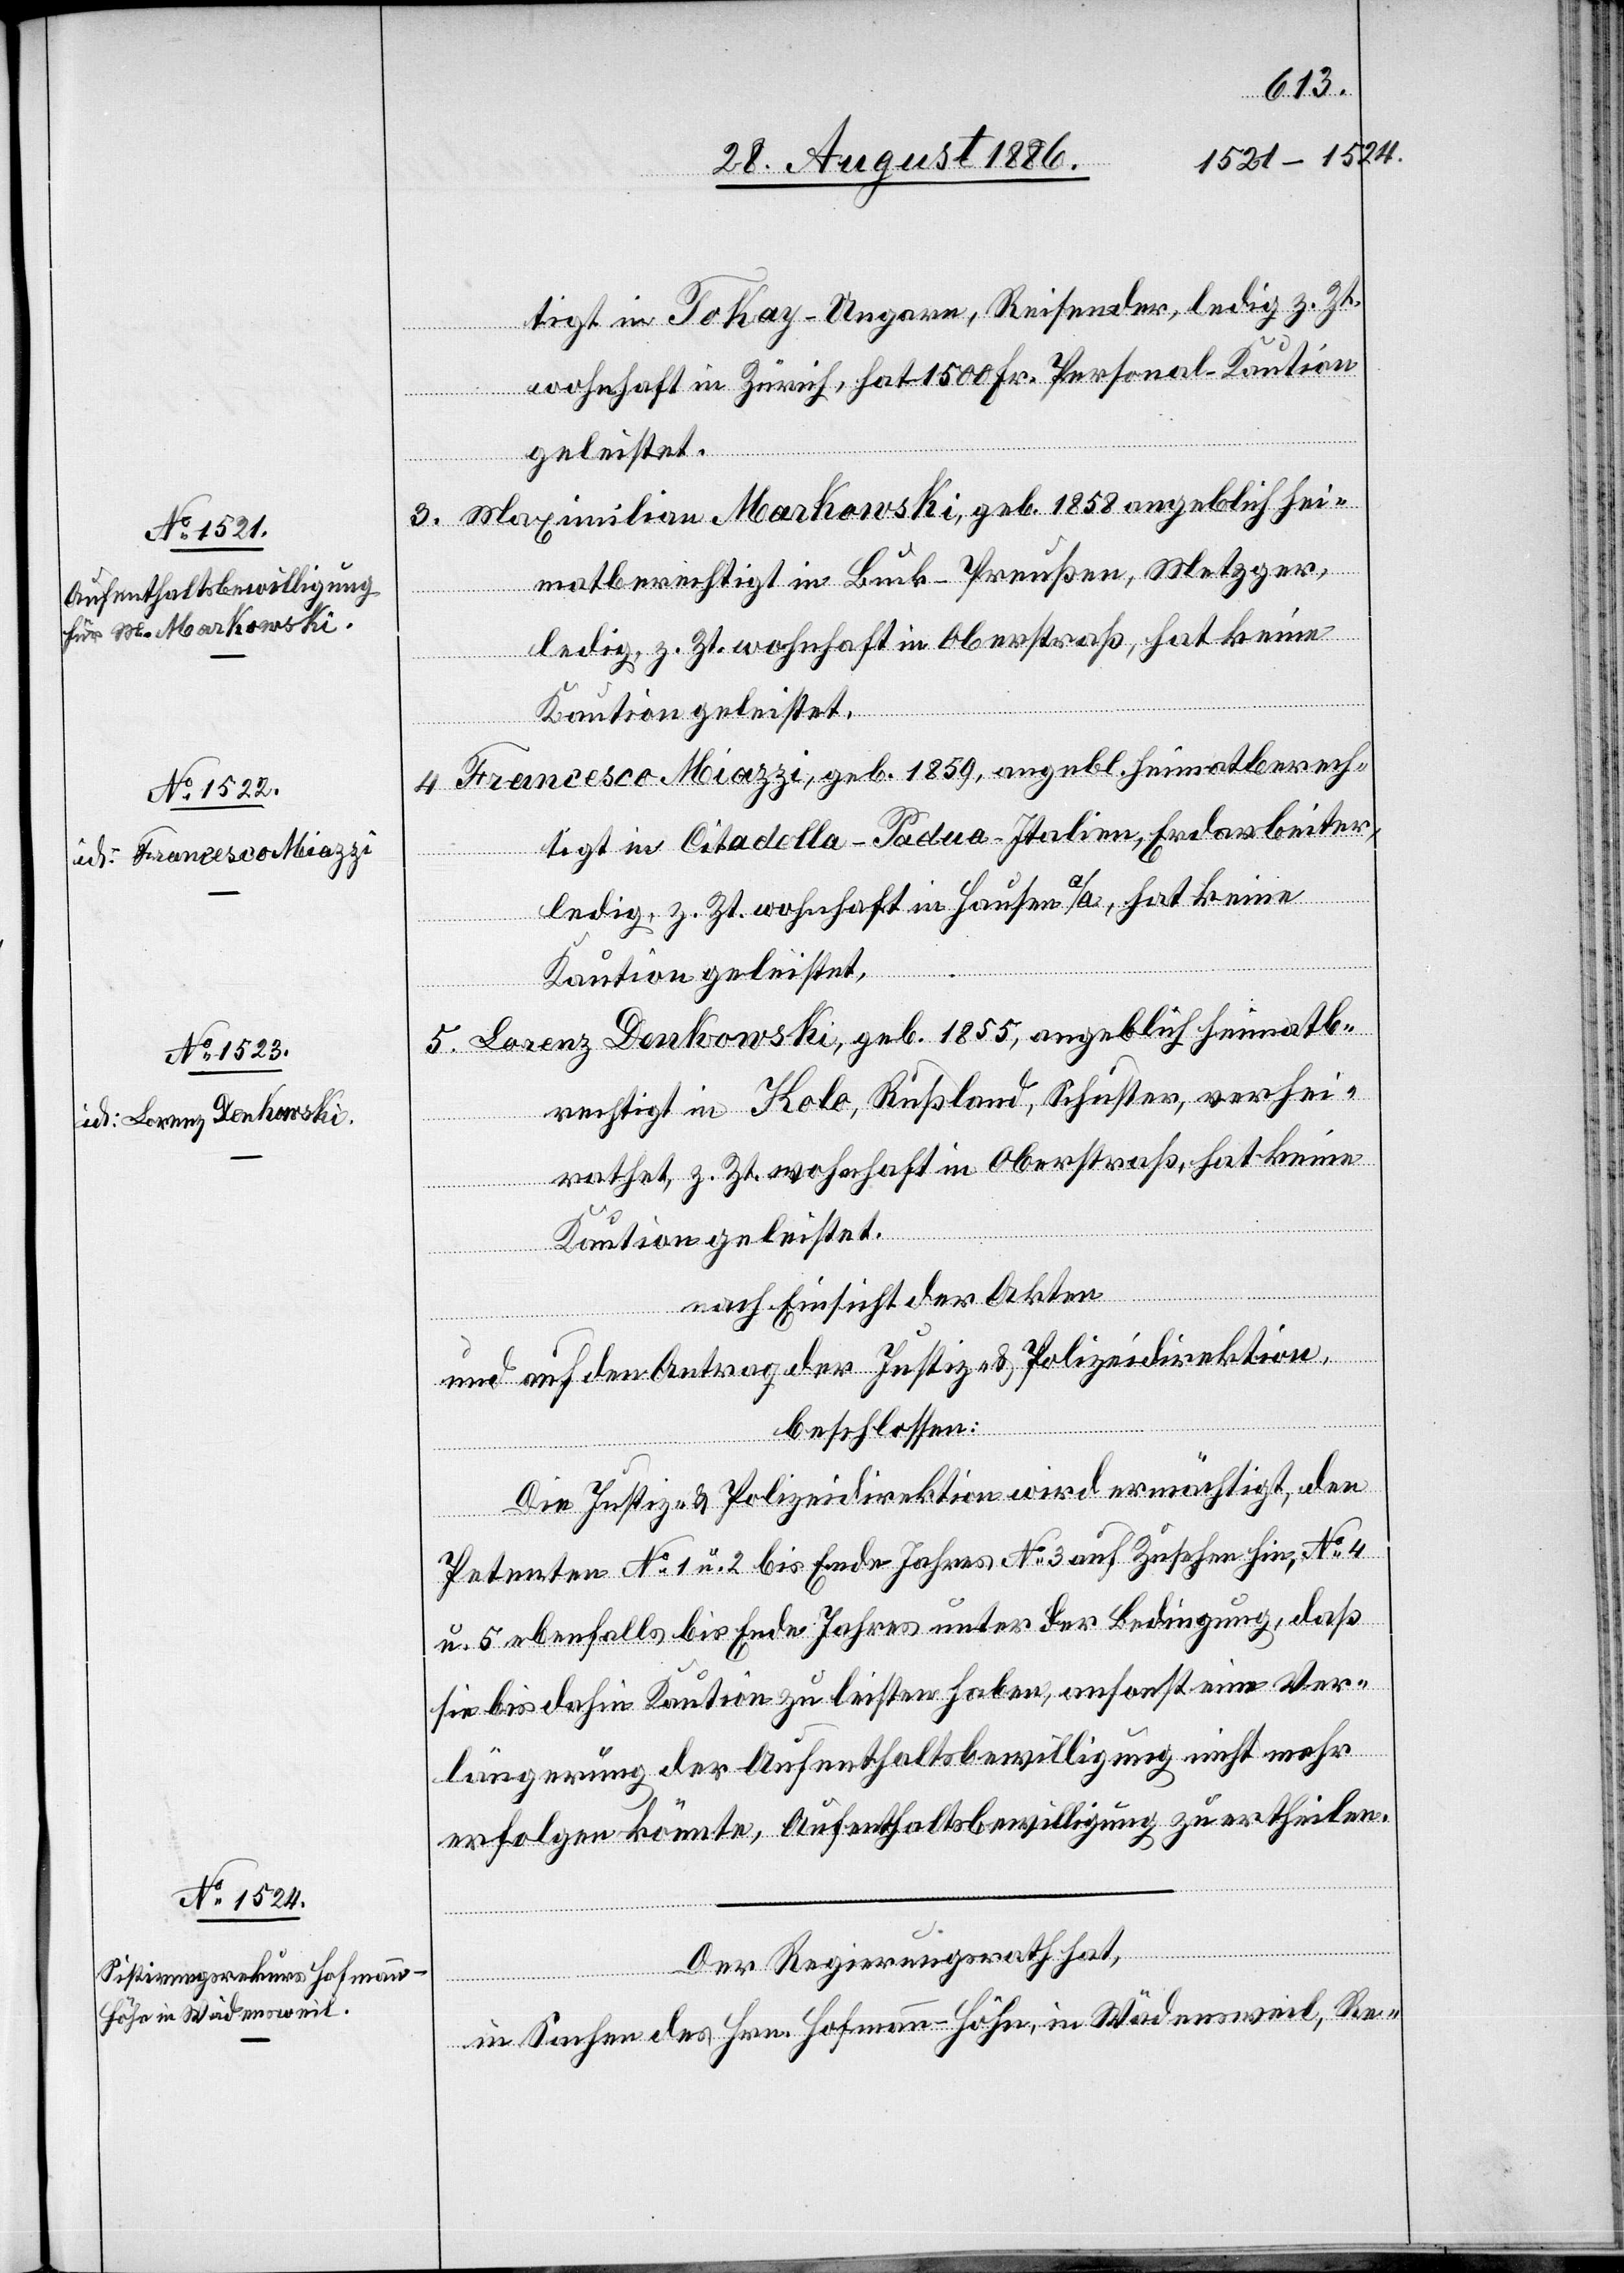
tigt in Tokay - Ungarn, Reisender, ledig z. Zt.
wohnhaft in Zürich, hat 1500 Fr. Personal-Kaution
geleistet.
3. Maximilian Markowski, geb. 1858 angeblich hei¬
matberechtigt in Buck - Preußen, Metzger,
2.253
ledig, z. Zt. wohnhaft in Oberstraß, hat keine
Kaution geleistet.
4. Francesco Miazzi, geb. 1859, angeblich heimatberech¬
tigt in Citadella - Padua - Italien, Erdarbeiter,
ledig z. Zt. wohnhaft in Hausen a/A, hat keine
Kaution geleistet,
5. Lorenz Denkowski, geb. 1855, angeblich heimatbe¬
rechtigt in Kolo, Rußland, Schuster, verei¬
rathet, z. Zt. wohnhaft in Oberstraß, hat keine
Kaution geleistet.
nach Einsicht der Akten
und auf den Antrag der Justiz- & Polizeidirektion,
beschlossen:
Die Justiz- & Polizeidirektion wird ermächtigt, den
Petenten No 1 u. 2 bis Ende Jahres, No 3 auf Zusehen hin, No 4
u. 5 ebenfalls bis Ende Jahres unter der Bedingung, daß
sie bis dahin Kaution zu leisten haben, ansonst eine Ver¬
längerung der Aufenthaltsbewilligung nicht mehr
erfolgen könnte, Aufenthaltsbewilligung zu ertheilen.
Der Regierungsrath hat,
in Sachen des Hrn. Hofmann-Höhn, in Wädensweil, Re-